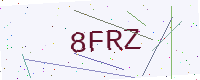
Text: 8FRZ